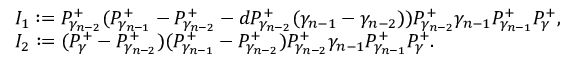
\begin{array} { r l } & { I _ { 1 } : = P _ { \gamma _ { n - 2 } } ^ { + } ( P _ { \gamma _ { n - 1 } } ^ { + } - P _ { \gamma _ { n - 2 } } ^ { + } - d P _ { \gamma _ { n - 2 } } ^ { + } ( \gamma _ { n - 1 } - \gamma _ { n - 2 } ) ) P _ { \gamma _ { n - 2 } } ^ { + } \gamma _ { n - 1 } P _ { \gamma _ { n - 1 } } ^ { + } P _ { \gamma } ^ { + } , } \\ & { I _ { 2 } : = ( P _ { \gamma } ^ { + } - P _ { \gamma _ { n - 2 } } ^ { + } ) ( P _ { \gamma _ { n - 1 } } ^ { + } - P _ { \gamma _ { n - 2 } } ^ { + } ) P _ { \gamma _ { n - 2 } } ^ { + } \gamma _ { n - 1 } P _ { \gamma _ { n - 1 } } ^ { + } P _ { \gamma } ^ { + } . } \end{array}